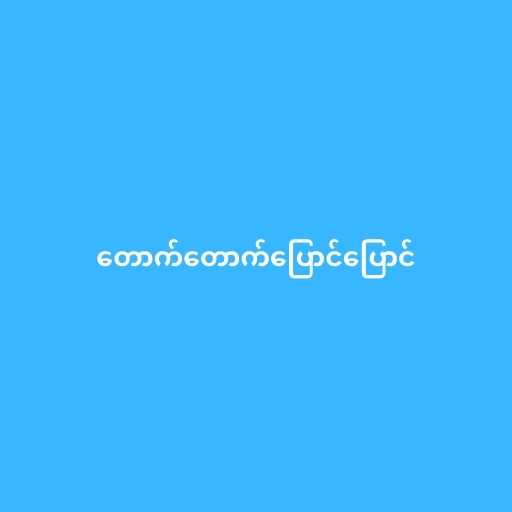
တောက်တောက်ပြောင်ပြောင်